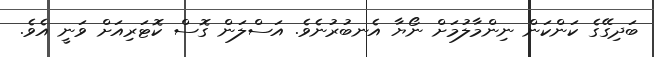
ބަދިގޭގެ ކަންކަން ނިންމާލުމަށް ނޯޔާ އެނބުރުނެވެ. އަސްލަން ގޮސް ކޮޓަރިއަށް ވަނީ އެވެ.